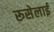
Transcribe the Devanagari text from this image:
रूसेलाई